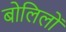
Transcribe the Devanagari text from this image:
बोलिलों